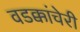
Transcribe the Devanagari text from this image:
वडक्कांचेरी